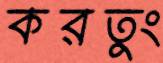
করতুং